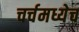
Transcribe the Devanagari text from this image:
चर्चमध्येच